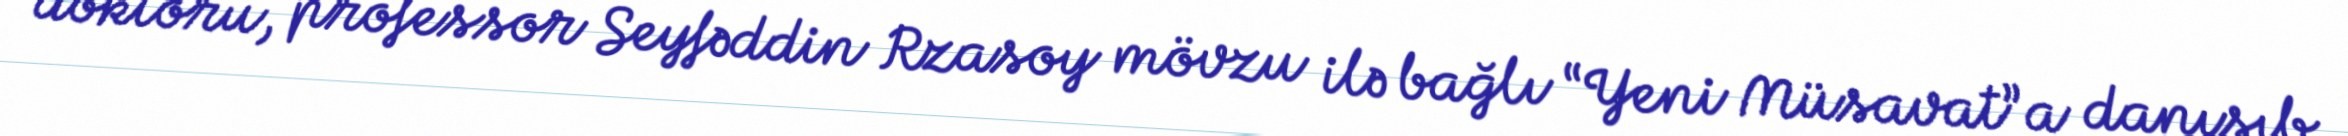
doktoru, professor Seyfəddin Rzasoy mövzu ilə bağlı “Yeni Müsavat”a danışıb.